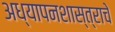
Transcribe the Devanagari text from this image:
अध्यापनशास्त्राचे